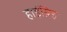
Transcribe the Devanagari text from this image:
हाईब्रिड़